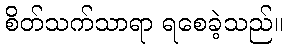
စိတ်သက်သာရာ ရစေခဲ့သည်။